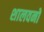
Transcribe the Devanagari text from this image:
शालवनो